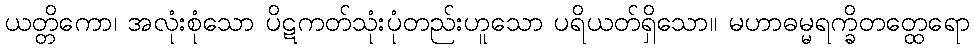
ယတ္တိကော၊ အလုံးစုံသော ပိဋကတ်သုံးပုံတည်းဟူသော ပရိယတ်ရှိသော။ မဟာဓမ္မရက္ခိတတ္ထေရော